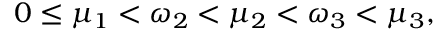
0 \le \mu _ { 1 } < \omega _ { 2 } < \mu _ { 2 } < \omega _ { 3 } < \mu _ { 3 } ,